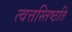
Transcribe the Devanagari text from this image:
त्वत्तस्तिष्ठति